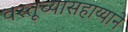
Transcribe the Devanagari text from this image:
वस्तूच्यासहाय्याने